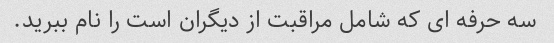
سه حرفه ای که شامل مراقبت از دیگران است را نام ببرید.